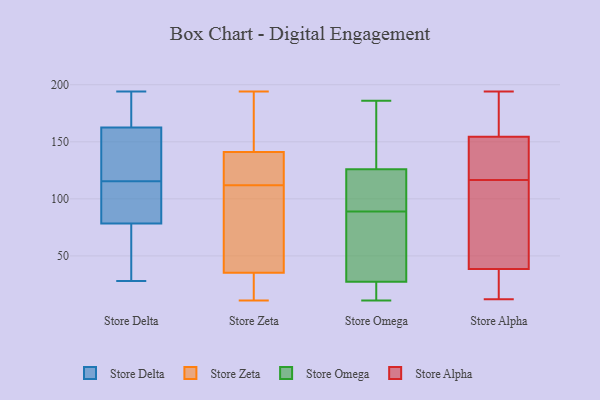
{"axis": {"x": "Customer Acquisition Cost (USD)", "y": "Value"}, "legend": ["Store Alpha", "Store Delta", "Store Omega", "Store Zeta"], "data": [{"x": "", "y": 94, "type": "Store Delta"}, {"x": "", "y": 149, "type": "Store Delta"}, {"x": "", "y": 190, "type": "Store Delta"}, {"x": "", "y": 59, "type": "Store Delta"}, {"x": "", "y": 101, "type": "Store Delta"}, {"x": "", "y": 132, "type": "Store Delta"}, {"x": "", "y": 176, "type": "Store Delta"}, {"x": "", "y": 120, "type": "Store Delta"}, {"x": "", "y": 194, "type": "Store Delta"}, {"x": "", "y": 111, "type": "Store Delta"}, {"x": "", "y": 63, "type": "Store Delta"}, {"x": "", "y": 28, "type": "Store Delta"}, {"x": "", "y": 89, "type": "Store Zeta"}, {"x": "", "y": 194, "type": "Store Zeta"}, {"x": "", "y": 141, "type": "Store Zeta"}, {"x": "", "y": 11, "type": "Store Zeta"}, {"x": "", "y": 29, "type": "Store Zeta"}, {"x": "", "y": 169, "type": "Store Zeta"}, {"x": "", "y": 141, "type": "Store Zeta"}, {"x": "", "y": 120, "type": "Store Zeta"}, {"x": "", "y": 54, "type": "Store Zeta"}, {"x": "", "y": 112, "type": "Store Zeta"}, {"x": "", "y": 14, "type": "Store Zeta"}, {"x": "", "y": 168, "type": "Store Omega"}, {"x": "", "y": 102, "type": "Store Omega"}, {"x": "", "y": 99, "type": "Store Omega"}, {"x": "", "y": 89, "type": "Store Omega"}, {"x": "", "y": 22, "type": "Store Omega"}, {"x": "", "y": 134, "type": "Store Omega"}, {"x": "", "y": 186, "type": "Store Omega"}, {"x": "", "y": 67, "type": "Store Omega"}, {"x": "", "y": 11, "type": "Store Omega"}, {"x": "", "y": 43, "type": "Store Omega"}, {"x": "", "y": 20, "type": "Store Omega"}, {"x": "", "y": 37, "type": "Store Alpha"}, {"x": "", "y": 144, "type": "Store Alpha"}, {"x": "", "y": 105, "type": "Store Alpha"}, {"x": "", "y": 20, "type": "Store Alpha"}, {"x": "", "y": 194, "type": "Store Alpha"}, {"x": "", "y": 12, "type": "Store Alpha"}, {"x": "", "y": 149, "type": "Store Alpha"}, {"x": "", "y": 75, "type": "Store Alpha"}, {"x": "", "y": 50, "type": "Store Alpha"}, {"x": "", "y": 128, "type": "Store Alpha"}, {"x": "", "y": 149, "type": "Store Alpha"}, {"x": "", "y": 190, "type": "Store Alpha"}, {"x": "", "y": 192, "type": "Store Alpha"}, {"x": "", "y": 39, "type": "Store Alpha"}, {"x": "", "y": 38, "type": "Store Alpha"}, {"x": "", "y": 160, "type": "Store Alpha"}]}